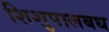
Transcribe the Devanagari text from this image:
शिशुपालबध